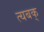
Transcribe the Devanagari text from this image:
त्यबक्